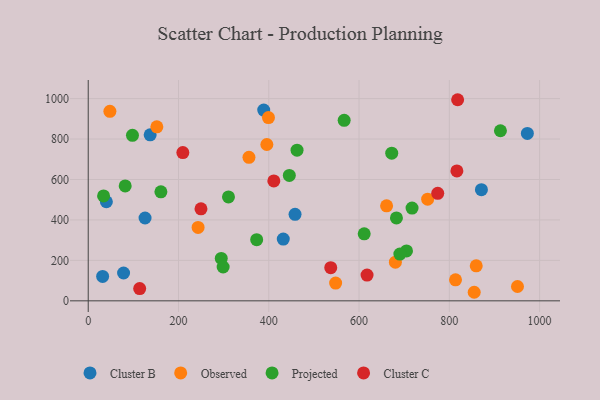
{"axis": {"x": "Distance", "y": "Salary"}, "legend": ["Cluster B", "Cluster C", "Observed", "Projected"], "data": [{"x": "78.3", "y": 137.6, "type": "Cluster B"}, {"x": "137.2", "y": 821.1, "type": "Cluster B"}, {"x": "40.2", "y": 489.9, "type": "Cluster B"}, {"x": "871.1", "y": 549.7, "type": "Cluster B"}, {"x": "125.9", "y": 409.7, "type": "Cluster B"}, {"x": "31.9", "y": 120.5, "type": "Cluster B"}, {"x": "972.9", "y": 828.0, "type": "Cluster B"}, {"x": "432.1", "y": 305.2, "type": "Cluster B"}, {"x": "458.2", "y": 427.9, "type": "Cluster B"}, {"x": "388.8", "y": 943.1, "type": "Cluster B"}, {"x": "399.3", "y": 906.3, "type": "Observed"}, {"x": "680.5", "y": 191.0, "type": "Observed"}, {"x": "661.0", "y": 469.7, "type": "Observed"}, {"x": "859.6", "y": 173.1, "type": "Observed"}, {"x": "152.0", "y": 860.5, "type": "Observed"}, {"x": "813.7", "y": 103.8, "type": "Observed"}, {"x": "752.0", "y": 502.5, "type": "Observed"}, {"x": "951.0", "y": 70.8, "type": "Observed"}, {"x": "356.1", "y": 709.8, "type": "Observed"}, {"x": "395.7", "y": 773.1, "type": "Observed"}, {"x": "855.1", "y": 42.3, "type": "Observed"}, {"x": "243.4", "y": 362.9, "type": "Observed"}, {"x": "48.0", "y": 937.0, "type": "Observed"}, {"x": "548.1", "y": 87.8, "type": "Observed"}, {"x": "98.0", "y": 818.5, "type": "Projected"}, {"x": "445.5", "y": 620.2, "type": "Projected"}, {"x": "462.6", "y": 745.2, "type": "Projected"}, {"x": "717.4", "y": 458.9, "type": "Projected"}, {"x": "705.1", "y": 246.9, "type": "Projected"}, {"x": "913.2", "y": 841.1, "type": "Projected"}, {"x": "611.4", "y": 331.4, "type": "Projected"}, {"x": "294.7", "y": 209.8, "type": "Projected"}, {"x": "682.8", "y": 410.2, "type": "Projected"}, {"x": "567.0", "y": 892.4, "type": "Projected"}, {"x": "672.4", "y": 730.2, "type": "Projected"}, {"x": "298.9", "y": 167.2, "type": "Projected"}, {"x": "161.0", "y": 538.9, "type": "Projected"}, {"x": "310.7", "y": 513.7, "type": "Projected"}, {"x": "81.9", "y": 568.0, "type": "Projected"}, {"x": "690.4", "y": 231.2, "type": "Projected"}, {"x": "373.2", "y": 302.6, "type": "Projected"}, {"x": "34.0", "y": 518.9, "type": "Projected"}, {"x": "617.7", "y": 127.4, "type": "Cluster C"}, {"x": "249.8", "y": 454.9, "type": "Cluster C"}, {"x": "774.3", "y": 531.6, "type": "Cluster C"}, {"x": "411.2", "y": 593.0, "type": "Cluster C"}, {"x": "816.7", "y": 642.3, "type": "Cluster C"}, {"x": "209.6", "y": 733.1, "type": "Cluster C"}, {"x": "537.3", "y": 163.8, "type": "Cluster C"}, {"x": "818.4", "y": 994.5, "type": "Cluster C"}, {"x": "114.0", "y": 60.4, "type": "Cluster C"}]}